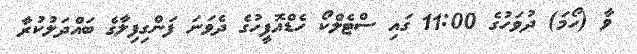
ވާ (ހޯމަ) ދުވަހުގެ 11:00 ގައި ސްޓެލްކޯ ހެޑްއޮފީހުގެ ދެވަނަ ފަންގިފިލާގެ ބައްދަލުކުރާ